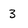
Character: 3